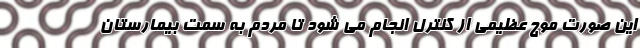
این صورت موج عظیمی از کنترل انجام می شود تا مردم به سمت بیمارستان